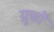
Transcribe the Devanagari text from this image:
ग्रूचो